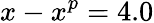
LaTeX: x-x^{p}=4.0